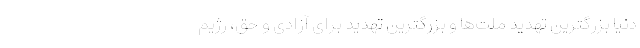
دنیا بزرگترین تهدید ملت‌ها و بزرگترین تهدید برای آزادی و حق، رژیم